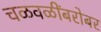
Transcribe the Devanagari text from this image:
चळवळींबरोबर